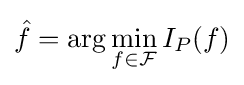
{\hat {f}}=\arg \min _{f\in {\mathcal {F}}}I_{P}(f)